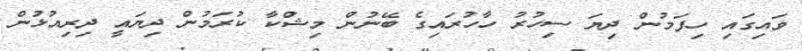
ވައިގައި ހިފަމުން ދިޔަ ސިހުރު ހާހުރައިގެ ބޭނުން މިޝްކާ ކުރަމުން ދިޔައީ ދިރިއުޅުން